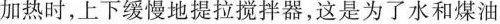
加热时，上下缓慢地提拉搅拌器，这是为了水和煤油